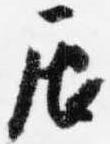
辰